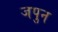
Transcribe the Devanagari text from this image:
जपुन